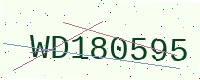
Text: WD180595